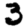
Digit: 3